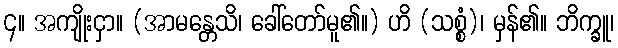
၄။ အကျိုးငှာ။ (အာမန္တေသိ၊ ခေါ်တော်မူ၏။) ဟိ (သစ္စံ)၊ မှန်၏။ ဘိက္ခူ၊